Document type: Emphyteutic lease
Year: 1276
Scribe: Pere de Roca
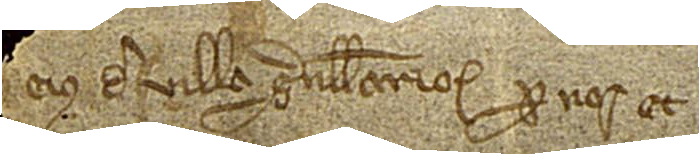
eius, de villa Granullariorum, per nos et